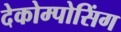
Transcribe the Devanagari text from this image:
देकोम्पोसिंग